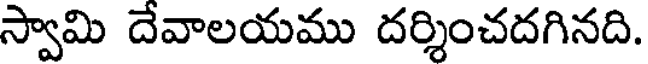
స్వామి దేవాలయము దర్శించదగినది.